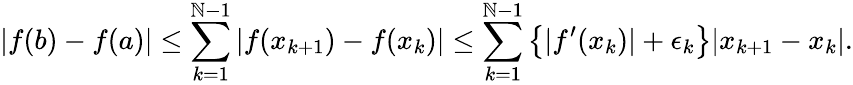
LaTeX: |f(b)-f(a)|\leq\sum_{k=1}^{\mathbb{N}-1}|f(x_{k+1})-f(x_{k})|\leq\sum_{k=1}^{\mathbb{N}-1}\left\{ |f^{\prime}(x_{k})|+\epsilon_{k}\right\} |x_{k+1}-x_{k}|.